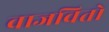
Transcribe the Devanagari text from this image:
वाजवितो